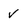
Character: V